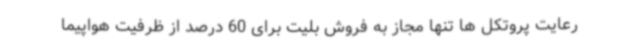
رعایت پروتکل ها تنها مجاز به فروش بلیت برای 60 درصد از ظرفیت هواپیما